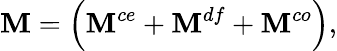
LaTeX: \mathbf{M}=\Big(\mathbf{M}^{ce}+\mathbf{M}^{df}+\mathbf{M}^{co}\Big),